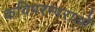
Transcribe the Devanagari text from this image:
कविपरम्पराओं